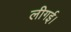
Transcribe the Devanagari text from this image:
लीगई।